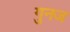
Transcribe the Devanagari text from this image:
गुनज